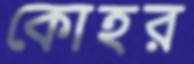
কোহর